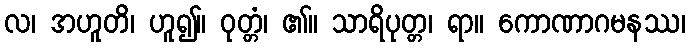
လ၊ အဟူတိ၊ ဟူ၍။ ဝုတ္တံ၊ ၏။ သာရိပုတ္တ၊ ရာ။ ကောဏာဂမနဿ၊